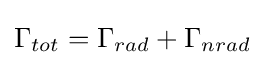
\Gamma _{tot}=\Gamma _{rad}+\Gamma _{nrad}